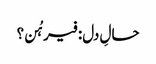
حالِ دل: فیرہُن؟